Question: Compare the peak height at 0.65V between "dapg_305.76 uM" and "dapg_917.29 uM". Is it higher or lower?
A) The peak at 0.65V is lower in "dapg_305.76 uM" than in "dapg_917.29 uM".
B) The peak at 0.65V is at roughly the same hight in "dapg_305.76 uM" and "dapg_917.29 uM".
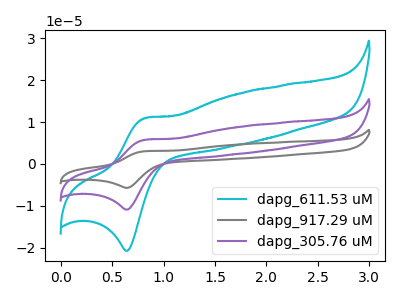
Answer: <think>The cyan curve "dapg_611.53 uM" has an anodic peak at (0.80V, 10.95uA) and a cathodic peak at (0.65V, -20.80uA). The gray curve "dapg_917.29 uM" has an anodic peak at (0.80V, 11.50uA) and a cathodic peak at (0.65V, -21.85uA). The purple curve "dapg_305.76 uM" has an anodic peak at (0.80V, 5.75uA) and a cathodic peak at (0.65V, -10.95uA).</think>
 <answer>A) The peak at 0.65V is lower in "dapg_305.76 uM" than in "dapg_917.29 uM".</answer>
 <eval>A</eval>